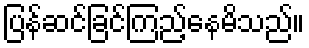
ပြန်ဆင်ခြင်ကြည့်နေမိသည်။